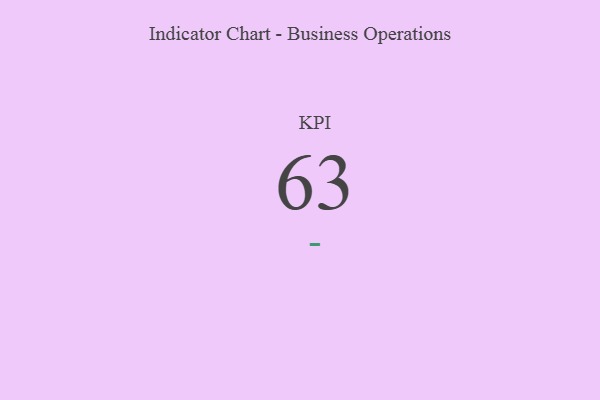
{"axis": {"x": "KPI", "y": "Value"}, "legend": [""], "data": [{"x": "KPI", "y": 63, "type": ""}]}